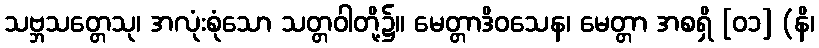
သဗ္ဘသတ္တေသု၊ အလုံးစုံသော သတ္တဝါတို့၌။ မေတ္တာဒိဝသေန၊ မေတ္တာ အစရှိ [၀၁] (နိ၊